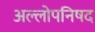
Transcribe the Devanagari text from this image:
अल्लोपनिषद